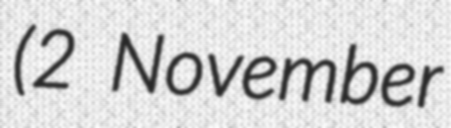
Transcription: (2 November